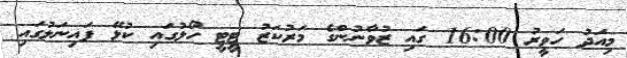
މިއަދު ހަވީރު 16:00 ގައި ޒުވާނުންގެ މަރުކަޒު ޓީޓީ ހޯލުގައި ކުޅޭ ފައިނަލުގައި